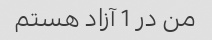
من در 1 آزاد هستم